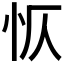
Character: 𭜔